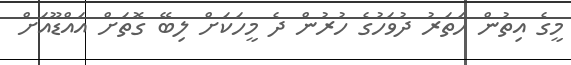
މީގެ އިތުން ހަތަރު ދުވަހުގެ ހުރުން ދެ މީހަކަށް ލިބޭ ގޮތަށް އައްޑޫއަށް